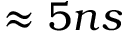
\approx 5 n s